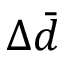
\Delta \bar { d }